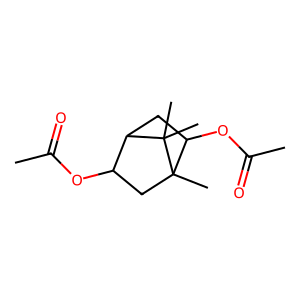
SMILES: CC(=O)OC1CC2(C)C(OC(C)=O)CC1C2(C)C
Inhibits HIV replication: No